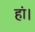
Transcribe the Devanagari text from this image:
हां।